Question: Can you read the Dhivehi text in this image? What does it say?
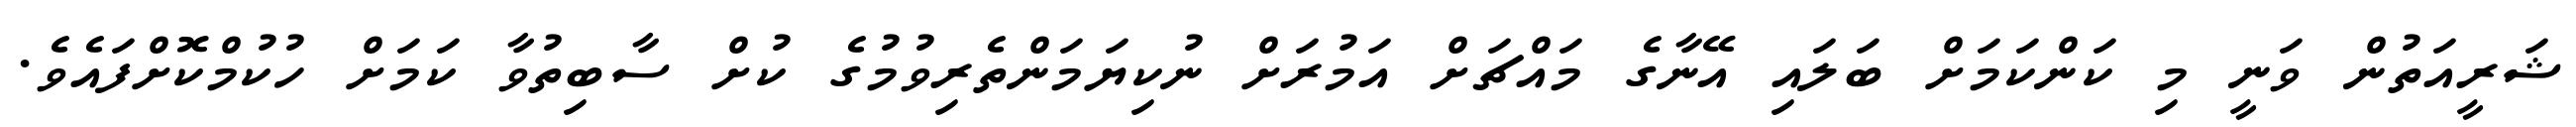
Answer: ޝަރީއަތުން ވަނީ މި ކަންކަމަށް ބަލައި އޭނާގެ މައްޗަށް އަމުރަށް ނުކިޔަމަންތެރިވުމުގެ ކުށް ސާބިތުވާ ކަމަށް ހުކުމްކޮށްފައެވެ.